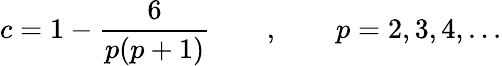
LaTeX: c=1-\frac{6}{p(p+1)}\qquad,\qquad p=2,3,4,...